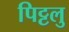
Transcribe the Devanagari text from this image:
पिट्टलु